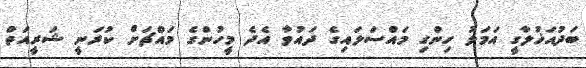
ބަދުއަޚުލާގީ އަމަލު ހިންގި މައްސަލައިގެ ދައުވާ އެދެ މީހުންގެ މައްޗަށް ކުރަނީ ޝަރީއަތް